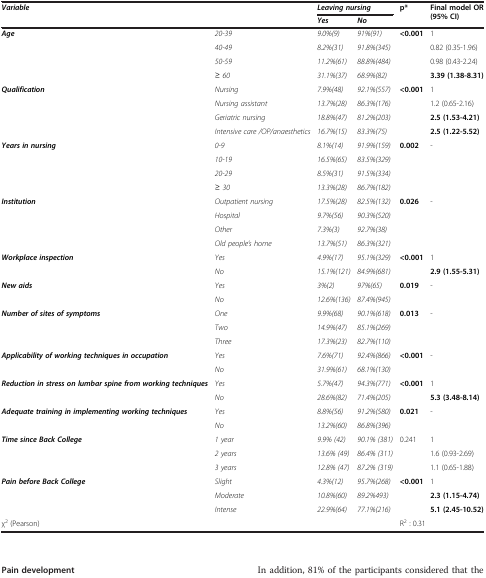
<table><thead><tr><td rowspan="2" colspan="2"><b><i>Variable</i></b></td><td colspan="2"><b><i>Leaving nursing</i></b></td><td rowspan="2"><b>p*</b></td><td rowspan="2"><b>Final model OR (95% CI)</b></td></tr><tr><td><b><i>Yes</i></b></td><td><b><i>No</i></b></td></tr></thead><tbody><tr><td rowspan="4"><b><i>Age</i></b></td><td><i>20-39</i></td><td><i>9.0%(9)</i></td><td><i>91%(91)</i></td><td rowspan="4"><b>&lt;0.001</b></td><td>1</td></tr><tr><td><i>40-49</i></td><td><i>8.2%(31)</i></td><td><i>91.8%(345)</i></td><td>0.82 (0.35-1.96)</td></tr><tr><td><i>50-59</i></td><td><i>11.2%(61)</i></td><td><i>88.8%(484)</i></td><td>0.98 (0.43-2.24)</td></tr><tr><td><i>≥ 60</i></td><td><i>31.1%(37)</i></td><td><i>68.9%(82)</i></td><td><b>3.39 (1.38-8.31)</b></td></tr><tr><td rowspan="4"><b><i>Qualification</i></b></td><td><i>Nursing</i></td><td><i>7.9%(48)</i></td><td><i>92.1%(557)</i></td><td rowspan="4"><b>&lt;0.001</b></td><td>1</td></tr><tr><td><i>Nursing assistant</i></td><td><i>13.7%(28)</i></td><td><i>86.3%(176)</i></td><td>1.2 (0.65-2.16)</td></tr><tr><td><i>Geriatric nursing</i></td><td><i>18.8%(47)</i></td><td><i>81.2%(203)</i></td><td><b>2.5 (1.53-4.21)</b></td></tr><tr><td><i>Intensive care /OP/anaesthetics</i></td><td><i>16.7%(15)</i></td><td><i>83.3%(75)</i></td><td><b>2.5 (1.22-5.52)</b></td></tr><tr><td rowspan="4"><b><i>Years in nursing</i></b></td><td><i>0-9</i></td><td><i>8.1%(14)</i></td><td><i>91.9%(159)</i></td><td rowspan="4"><b>0.002</b></td><td rowspan="4">-</td></tr><tr><td><i>10-19</i></td><td><i>16.5%(65)</i></td><td><i>83.5%(329)</i></td></tr><tr><td><i>20-29</i></td><td><i>8.5%(31)</i></td><td><i>91.5%(334)</i></td></tr><tr><td><i>≥ 30</i></td><td><i>13.3%(28)</i></td><td><i>86.7%(182)</i></td></tr><tr><td rowspan="4"><b><i>Institution</i></b></td><td><i>Outpatient nursing</i></td><td><i>17.5%(28)</i></td><td><i>82.5%(132)</i></td><td rowspan="4"><b>0.026</b></td><td rowspan="4">-</td></tr><tr><td><i>Hospital</i></td><td><i>9.7%(56)</i></td><td><i>90.3%(520)</i></td></tr><tr><td><i>Other</i></td><td><i>7.3%(3)</i></td><td><i>92.7%(38)</i></td></tr><tr><td><i>Old people’s home</i></td><td><i>13.7%(51)</i></td><td><i>86.3%(321)</i></td></tr><tr><td rowspan="2"><b><i>Workplace inspection</i></b></td><td><i>Yes</i></td><td><i>4.9%(17)</i></td><td><i>95.1%(329)</i></td><td rowspan="2"><b>&lt;0.001</b></td><td>1</td></tr><tr><td><i>No</i></td><td><i>15.1%(121)</i></td><td><i>84.9%(681)</i></td><td><b>2.9 (1.55-5.31)</b></td></tr><tr><td rowspan="2"><b><i>New aids</i></b></td><td><i>Yes</i></td><td><i>3%(2)</i></td><td><i>97%(65)</i></td><td rowspan="2"><b>0.019</b></td><td rowspan="2">-</td></tr><tr><td><i>No</i></td><td><i>12.6%(136)</i></td><td><i>87.4%(945)</i></td></tr><tr><td rowspan="3"><b><i>Number of sites of symptoms</i></b></td><td><i>One</i></td><td><i>9.9%(68)</i></td><td><i>90.1%(618)</i></td><td rowspan="3"><b>0.013</b></td><td rowspan="3">-</td></tr><tr><td><i>Two</i></td><td><i>14.9%(47)</i></td><td><i>85.1%(269)</i></td></tr><tr><td><i>Three</i></td><td><i>17.3%(23)</i></td><td><i>82.7%(110)</i></td></tr><tr><td rowspan="2"><b><i>Applicability of working techniques in occupation</i></b></td><td><i>Yes</i></td><td><i>7.6%(71)</i></td><td><i>92.4%(866)</i></td><td rowspan="2"><b>&lt;0.001</b></td><td rowspan="2">-</td></tr><tr><td><i>No</i></td><td><i>31.9%(61)</i></td><td><i>68.1%(130)</i></td></tr><tr><td rowspan="2"><b><i>Reduction in stress on lumbar spine from working techniques</i></b></td><td><i>Yes</i></td><td><i>5.7%(47)</i></td><td><i>94.3%(771)</i></td><td rowspan="2"><b>&lt;0.001</b></td><td>1</td></tr><tr><td><i>No</i></td><td><i>28.6%(82)</i></td><td><i>71.4%(205)</i></td><td><b>5.3 (3.48-8.14)</b></td></tr><tr><td rowspan="2"><b><i>Adequate training in implementing working techniques</i></b></td><td><i>Yes</i></td><td><i>8.8%(56)</i></td><td><i>91.2%(580)</i></td><td rowspan="2"><b>0.021</b></td><td rowspan="2">-</td></tr><tr><td><i>No</i></td><td><i>13.2%(60)</i></td><td><i>86.8%(396)</i></td></tr><tr><td rowspan="3"><b><i>Time since Back College</i></b></td><td><i>1 year</i></td><td><i>9.9% (42)</i></td><td><i>90.1% (381)</i></td><td rowspan="3">0.241</td><td>1</td></tr><tr><td><i>2 years</i></td><td><i>13.6% (49)</i></td><td><i>86.4% (311)</i></td><td>1.6 (0.93-2.69)</td></tr><tr><td><i>3 years</i></td><td><i>12.8% (47)</i></td><td><i>87.2% (319)</i></td><td>1.1 (0.65-1.88)</td></tr><tr><td rowspan="3"><b><i>Pain before Back College</i></b></td><td><i>Slight</i></td><td><i>4.3%(12)</i></td><td><i>95.7%(268)</i></td><td rowspan="3"><b>&lt;0.001</b></td><td>1</td></tr><tr><td><i>Moderate</i></td><td><i>10.8%(60)</i></td><td><i>89.2%493)</i></td><td><b>2.3 (1.15-4.74)</b></td></tr><tr><td><i>Intense</i></td><td><i>22.9%(64)</i></td><td><i>77.1%(216)</i></td><td><b>5.1 (2.45-10.52)</b></td></tr><tr><td colspan="4">χ<sup>2</sup> (Pearson)</td><td colspan="2">R<sup>2</sup> : 0.31</td></tr></tbody></table>